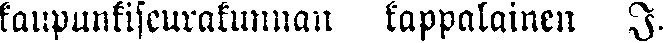
kaupunkiseurakunnan kappalainen I.